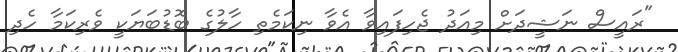
"ރައީސް ނަޝީދަށް މިއަދު ޖެހިފައިވާ އެވާ ނިކަމެތި ހާލުގެ ބޮޑުބަޔަކީ ވެރިކަމާ ހެދި